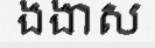
ងងាស